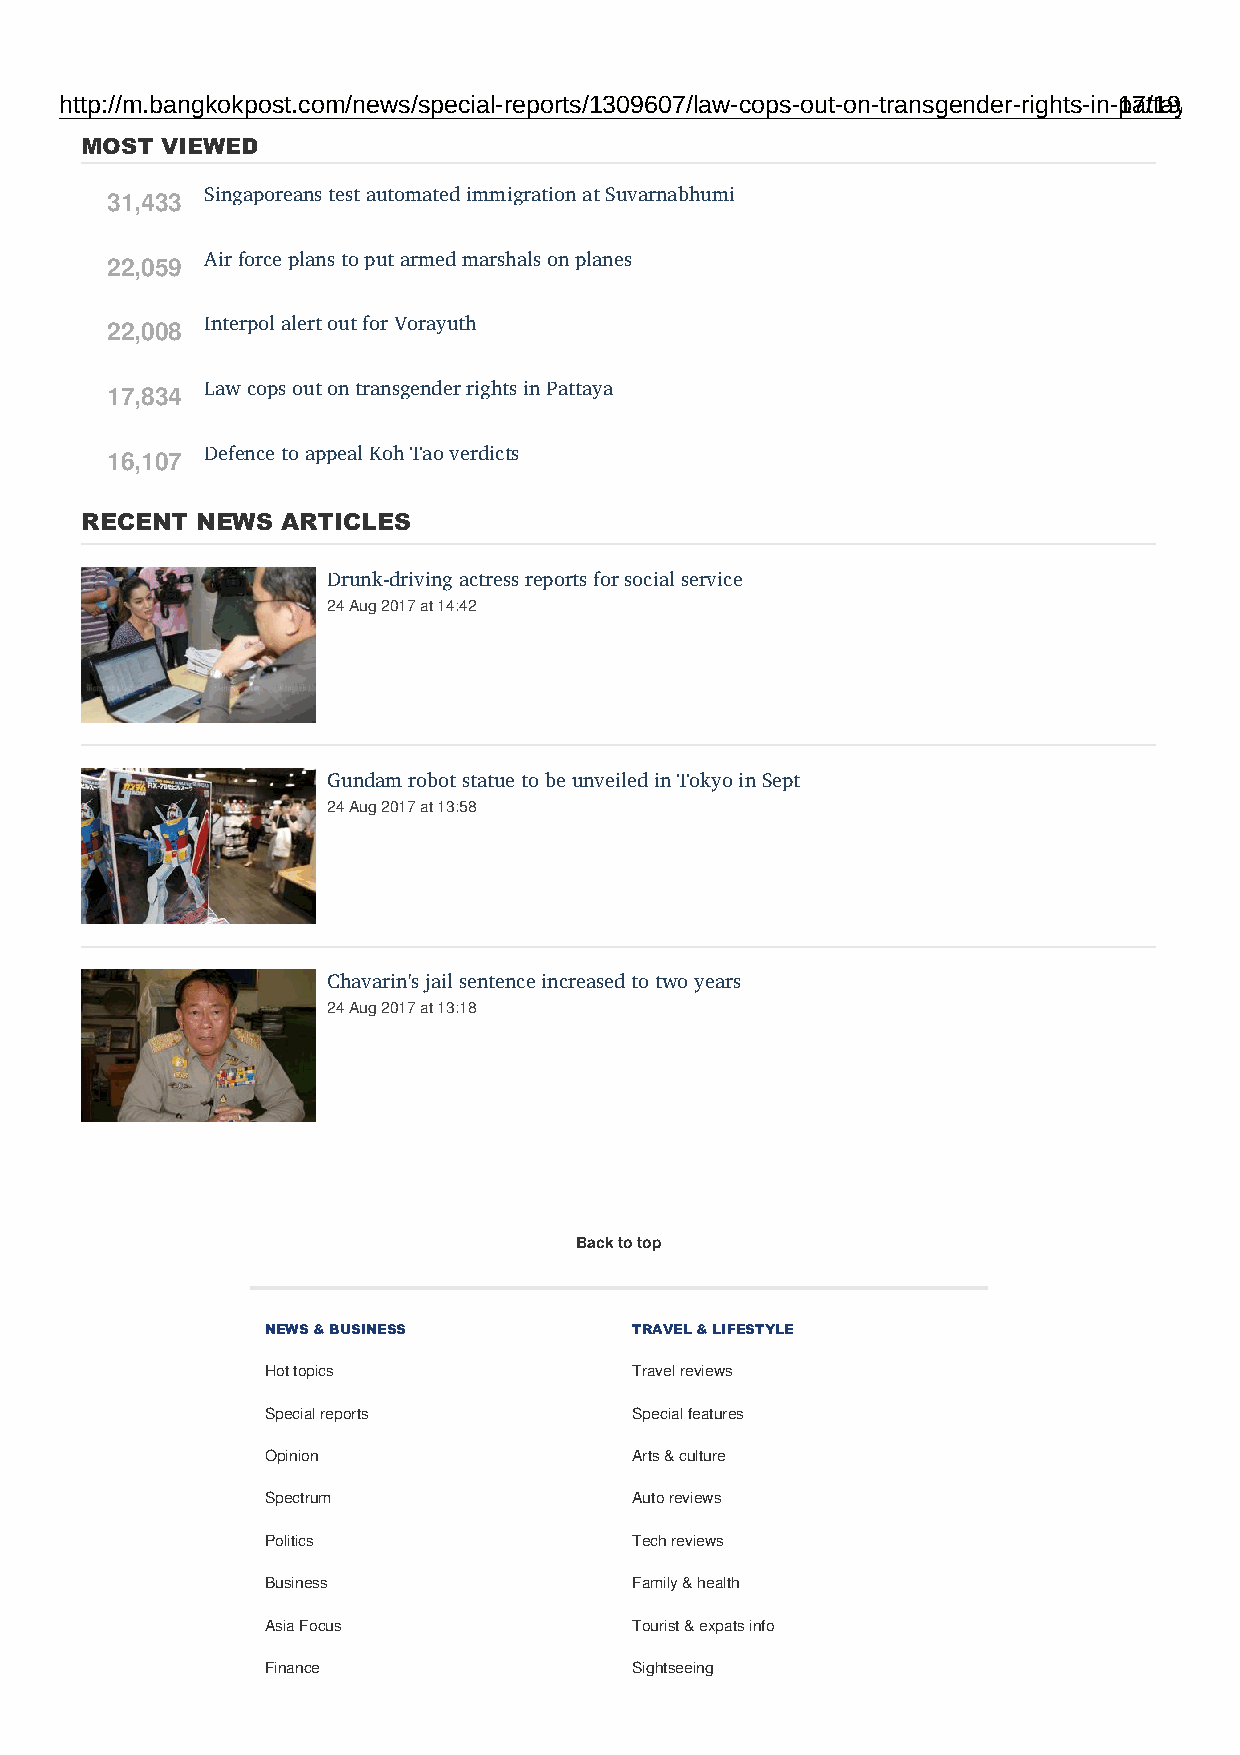
http://m.bangkokpost.com/news/special-reports/1309607/law-cops-out-on-transgender-rights-in-p1a7t/t1a9ya
 MOST  VIEWED
 31,433 Singaporeans test automated immigration at Suvarnabhumi
 22,059 Air force plans to put armed marshals on planes
 22,008 Interpol alert out for Vorayuth
 17,834 Law cops out on transgender rights in Pattaya
 16,107 Defence to appeal Koh Tao verdicts
 RECENT  NEWS  ARTICLES
 Drunk-driving actress reports for social service
 24 Aug 2017 at 14:42
 Gundam robot statue to be unveiled in Tokyo in Sept
 24 Aug 2017 at 13:58
 Chavarin's jail sentence increased to two years
 24 Aug 2017 at 13:18
 Back to top
 NEWS & BUSINESS         TRAVEL & LIFESTYLE
 Hot topics              Travel reviews
 Special reports         Special features
 Opinion                 Arts & culture
 Spectrum                Auto reviews
 Politics                Tech reviews
 Business                Family & health
 Asia Focus              Tourist & expats info
 Finance                 Sightseeing